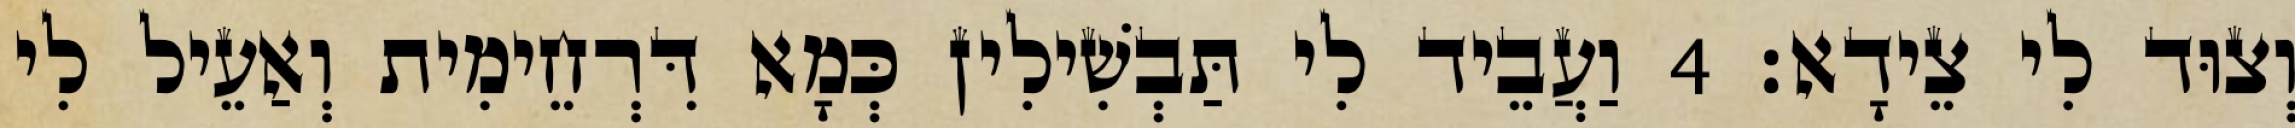
וְצוּד לִי צֵידָא׃ 4 וַעֲבֵיד לִי תַּבְשִׁילִין כְּמָא דִּרְחֵימִית וְאַעֵיל לִי